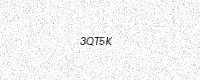
Text: 3QT5K